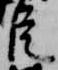
臣